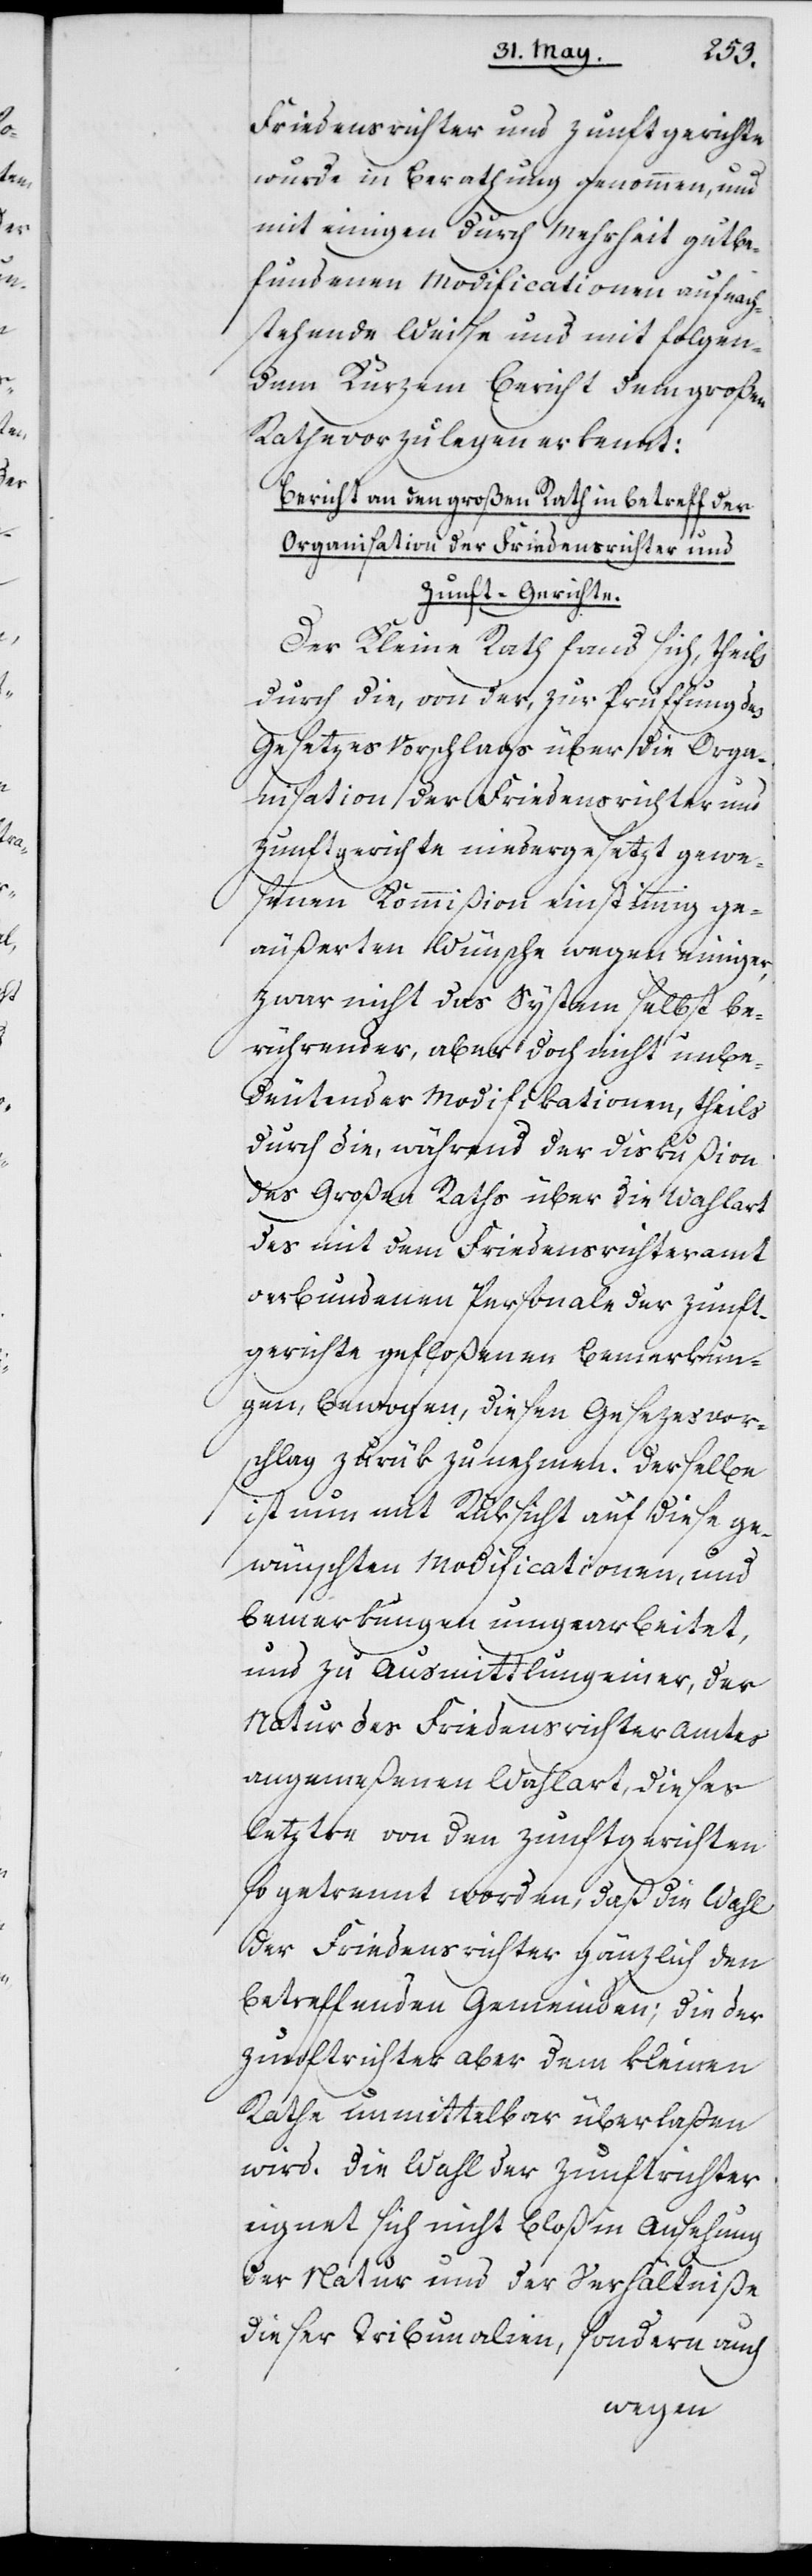
Friedensrichter und Zunftgerichte
wurde in Berathung genommen, und
mit einigen durch Mehrheit gutbe¬
fundenen Modificationen auf nach¬
stehende Weise und mit folgen¬
dem Kurzem Bericht dem großen
Rath vorzulegen erkennt:
Bericht an den großen Rath in Betreff der
Organisation der Friedensrichter und
Zunft-Gerichte.
Der Kleine Rath fand sich, theils
durch die, von der, zur Prüffung des
Gesetzes Vorschlags über die Orga¬
nisation der Friedensrichter und
Zunftgerichte niedergesetzt gewe¬
senen Kommißion einstimmig ge¬
äußerten Wünsche wegen einiger,
zwar nicht das System selbst be¬
rührender, aber doch nicht unbe¬
deutender Modificationen, theils
durch die, während der Diskußion
des Großen Raths über die Wahlart
des mit dem Friedensrichteramt
verbundenen Personale der Zunft¬
gerichte gefloßenen Bemerkun¬
gen, bewogen, diesen Gesezesvor¬
schlag zurük zu nehmen. Derselbe
ist nun mit Rüksicht auf diese ge¬
wünschten Modificationen, und
Bemerkungen umgearbeitet,
und zu Ausmittlung einer, der
Natur des Friedensrichteramtes
angemeßenen Wahlart, dieses
letztre von den Zunftgerichten
so getrennt worden, daß die Wahl
der Friedensrichter gänzlich den
betreffenden Gemeinden; die der
Zunftrichter aber dem Kleinen
Rathe unmittelbar überlaßen
wird. Die Wahl der Zunftrichter
eignet sich nicht bloß in Ansehung
der Natur und der Verhältniße
dieser Tribunalien, sondern auch